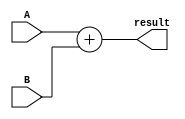
`timescale 1ns / 1ps

//////////////////////////////////////////////////////////////////////////////////
// fullname : Milad Nooraei
// student number : 9935701
// Computer Architecture HomeWork 1
//////////////////////////////////////////////////////////////////////////////////

module AdderModule32bit(
	input [31:0]A,
	input [31:0]B,
	
	output [31:0]result
    );

	assign result = A + B;

endmodule